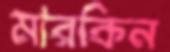
মারকিন